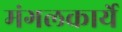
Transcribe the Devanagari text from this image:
मंगलकार्ये